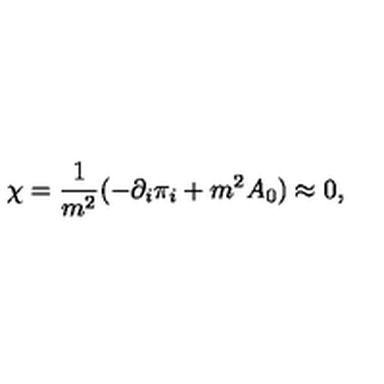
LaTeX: \chi = \frac { 1 } { m ^ { 2 } } ( - \partial _ { i } \pi _ { i } + m ^ { 2 } A _ { 0 } ) \approx 0 ,